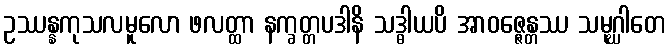
ဥဿန္နကုသလမူလော ဖလတ္ထာ နက္ခတ္တပဒါနိ သဒ္ဓါယပိ အာဝဇ္ဇေန္တဿ သမုဂ္ဃါတေ